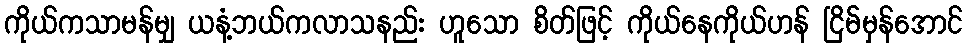
ကိုယ်ကသာမန်မျှ ယနံ့ဘယ်ကလာသနည်း ဟူသော စိတ်ဖြင့် ကိုယ်နေကိုယ်ဟန် ငြိမ်မှန်အောင်